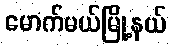
မောက်မယ်မြို့နယ်